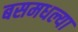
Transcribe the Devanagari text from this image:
बसमधल्या